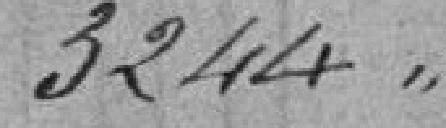
3244